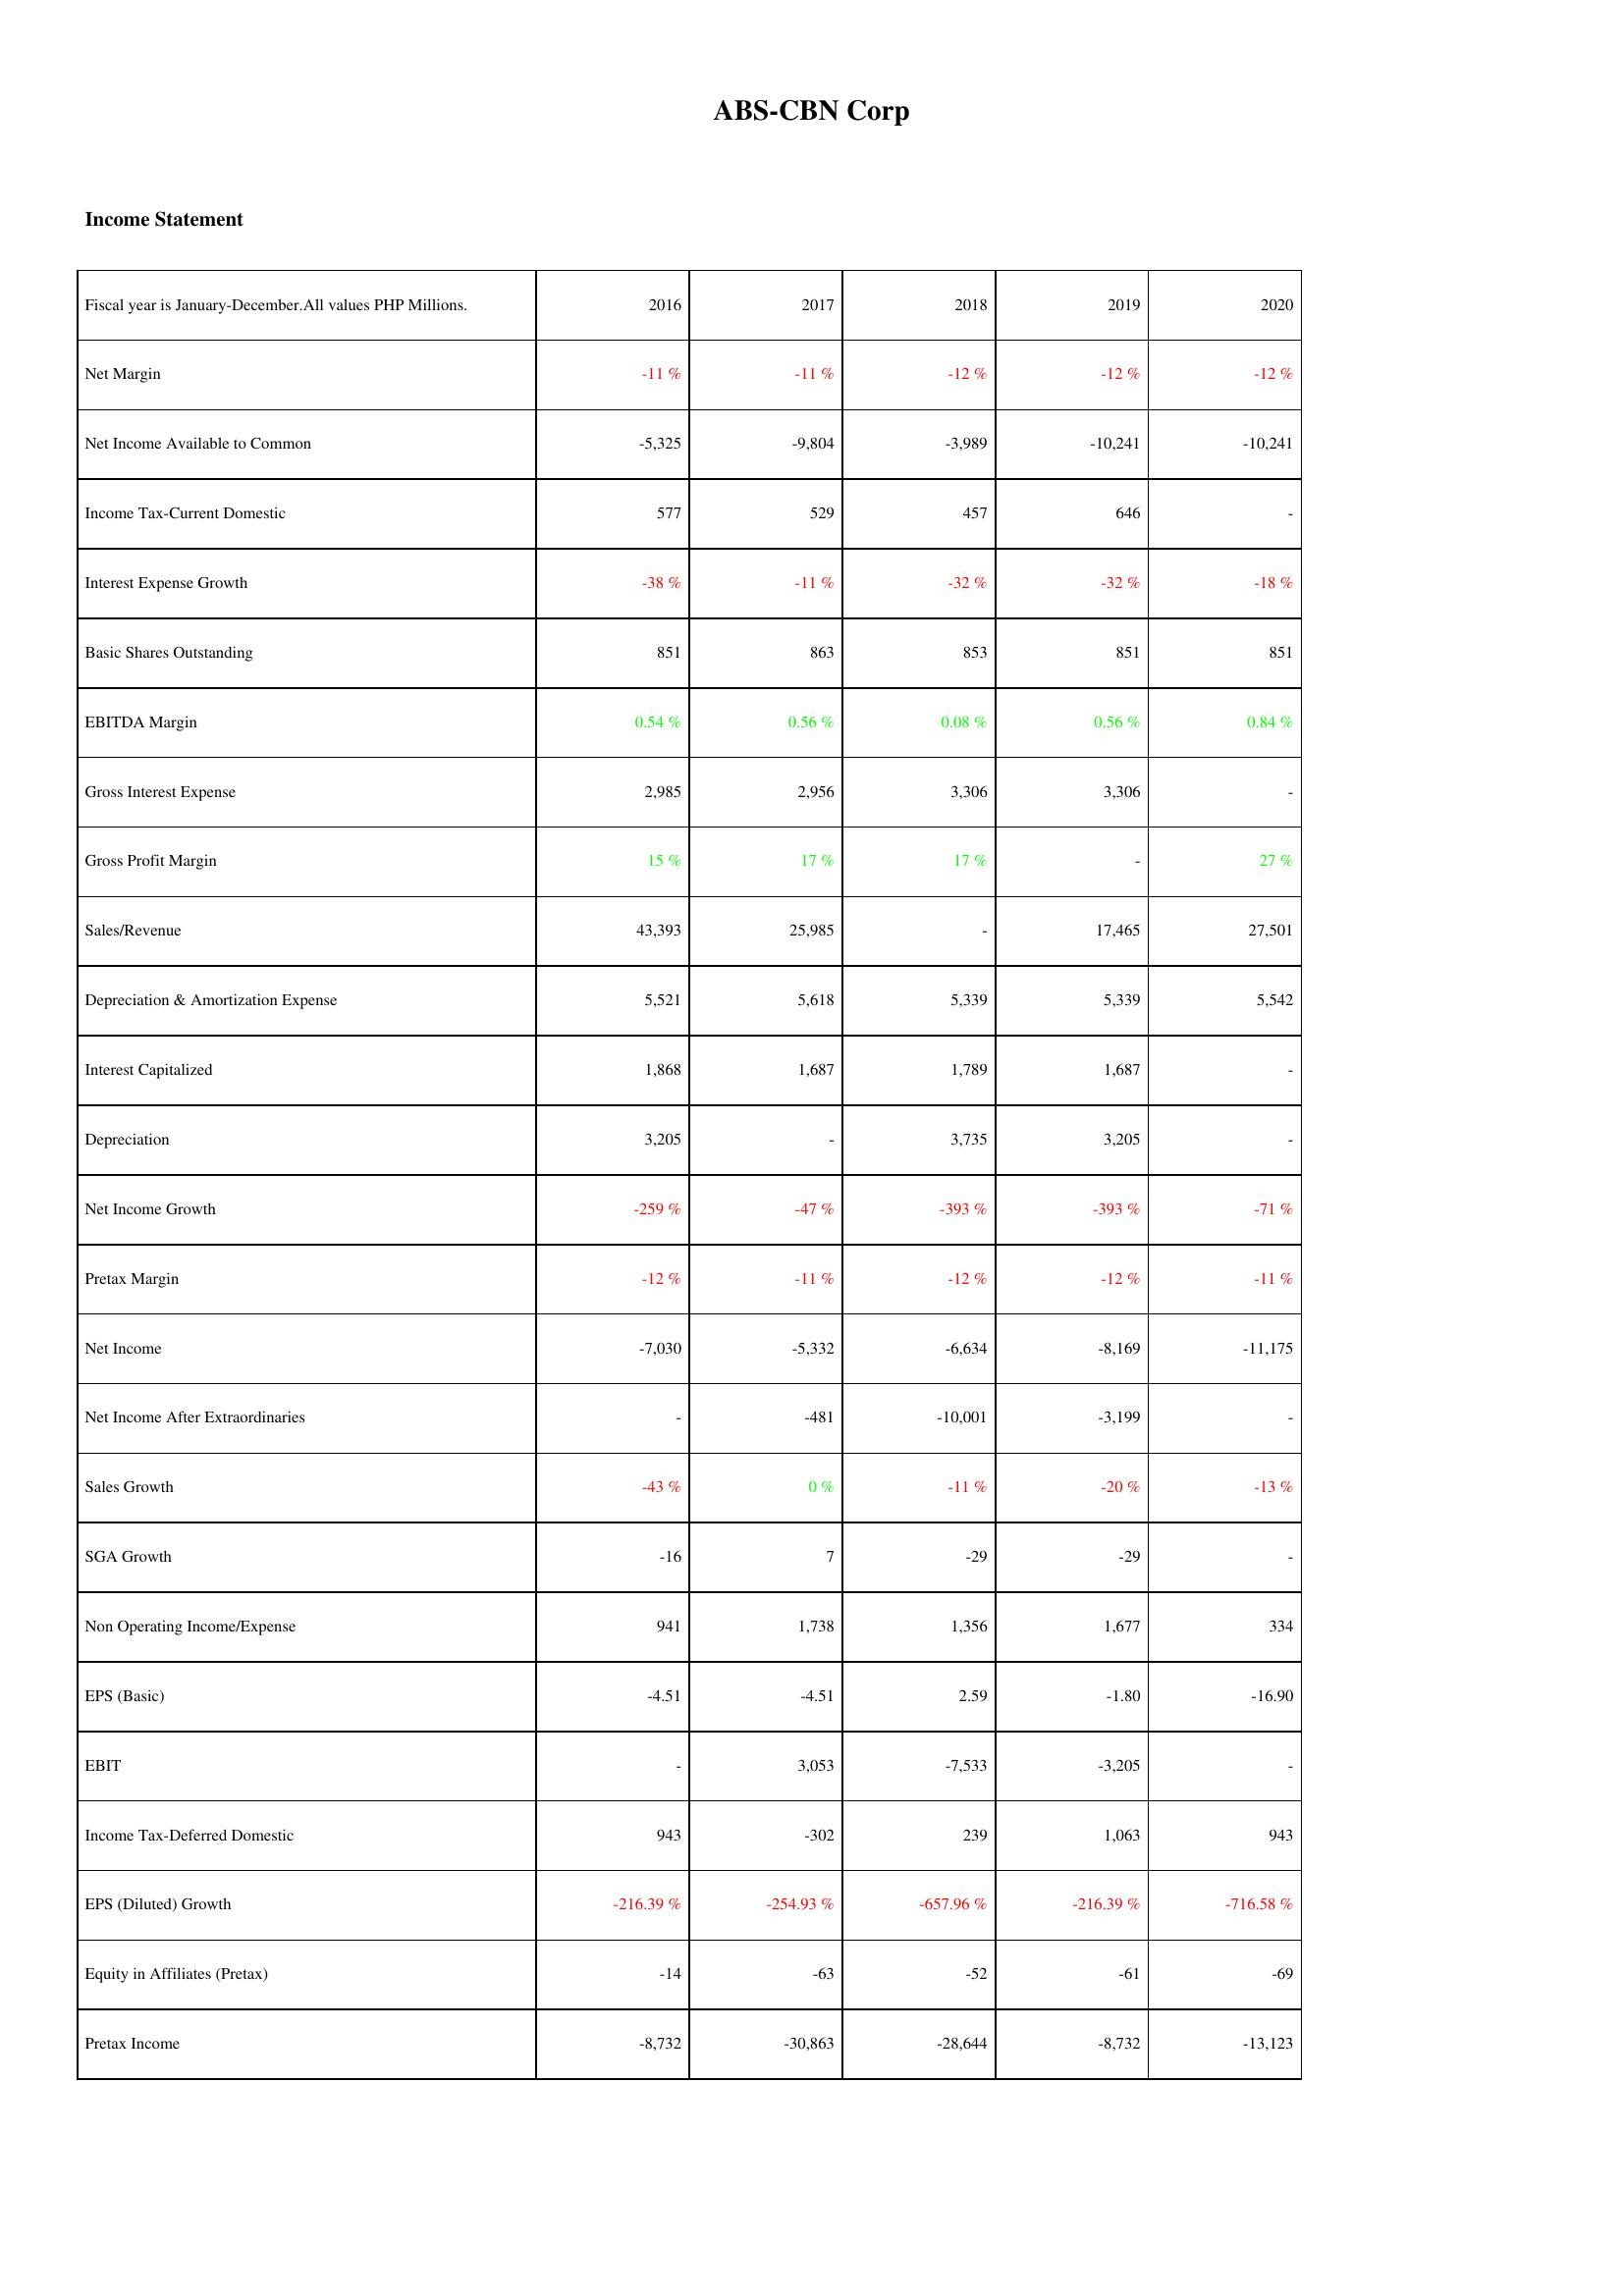
2016: Income Statement: Net Margin: -11 %
Net Income Available to Common: -5,325
Income Tax-Current Domestic: 577
Interest Expense Growth: -38 %
Basic Shares Outstanding: 851
EBITDA Margin: 0.54 %
Gross Interest Expense: 2,985
Gross Profit Margin: 15 %
Sales/Revenue: 43,393
Depreciation & Amortization Expense: 5,521
Interest Capitalized: 1,868
Depreciation: 3,205
Net Income Growth: -259 %
Pretax Margin: -12 %
Net Income: -7,030
Net Income After Extraordinaries: -
Sales Growth: -43 %
SGA Growth: -16
Non Operating Income/Expense: 941
EPS (Basic): -4.51
EBIT: -
Income Tax-Deferred Domestic: 943
EPS (Diluted) Growth: -216.39 %
Equity in Affiliates (Pretax): -14
Pretax Income: -8,732
2017: Income Statement: Net Margin: -11 %
Net Income Available to Common: -9,804
Income Tax-Current Domestic: 529
Interest Expense Growth: -11 %
Basic Shares Outstanding: 863
EBITDA Margin: 0.56 %
Gross Interest Expense: 2,956
Gross Profit Margin: 17 %
Sales/Revenue: 25,985
Depreciation & Amortization Expense: 5,618
Interest Capitalized: 1,687
Depreciation: -
Net Income Growth: -47 %
Pretax Margin: -11 %
Net Income: -5,332
Net Income After Extraordinaries: -481
Sales Growth: 0 %
SGA Growth: 7
Non Operating Income/Expense: 1,738
EPS (Basic): -4.51
EBIT: 3,053
Income Tax-Deferred Domestic: -302
EPS (Diluted) Growth: -254.93 %
Equity in Affiliates (Pretax): -63
Pretax Income: -30,863
2018: Income Statement: Net Margin: -12 %
Net Income Available to Common: -3,989
Income Tax-Current Domestic: 457
Interest Expense Growth: -32 %
Basic Shares Outstanding: 853
EBITDA Margin: 0.08 %
Gross Interest Expense: 3,306
Gross Profit Margin: 17 %
Sales/Revenue: -
Depreciation & Amortization Expense: 5,339
Interest Capitalized: 1,789
Depreciation: 3,735
Net Income Growth: -393 %
Pretax Margin: -12 %
Net Income: -6,634
Net Income After Extraordinaries: -10,001
Sales Growth: -11 %
SGA Growth: -29
Non Operating Income/Expense: 1,356
EPS (Basic): 2.59
EBIT: -7,533
Income Tax-Deferred Domestic: 239
EPS (Diluted) Growth: -657.96 %
Equity in Affiliates (Pretax): -52
Pretax Income: -28,644
2019: Income Statement: Net Margin: -12 %
Net Income Available to Common: -10,241
Income Tax-Current Domestic: 646
Interest Expense Growth: -32 %
Basic Shares Outstanding: 851
EBITDA Margin: 0.56 %
Gross Interest Expense: 3,306
Gross Profit Margin: -
Sales/Revenue: 17,465
Depreciation & Amortization Expense: 5,339
Interest Capitalized: 1,687
Depreciation: 3,205
Net Income Growth: -393 %
Pretax Margin: -12 %
Net Income: -8,169
Net Income After Extraordinaries: -3,199
Sales Growth: -20 %
SGA Growth: -29
Non Operating Income/Expense: 1,677
EPS (Basic): -1.80
EBIT: -3,205
Income Tax-Deferred Domestic: 1,063
EPS (Diluted) Growth: -216.39 %
Equity in Affiliates (Pretax): -61
Pretax Income: -8,732
2020: Income Statement: Net Margin: -12 %
Net Income Available to Common: -10,241
Income Tax-Current Domestic: -
Interest Expense Growth: -18 %
Basic Shares Outstanding: 851
EBITDA Margin: 0.84 %
Gross Interest Expense: -
Gross Profit Margin: 27 %
Sales/Revenue: 27,501
Depreciation & Amortization Expense: 5,542
Interest Capitalized: -
Depreciation: -
Net Income Growth: -71 %
Pretax Margin: -11 %
Net Income: -11,175
Net Income After Extraordinaries: -
Sales Growth: -13 %
SGA Growth: -
Non Operating Income/Expense: 334
EPS (Basic): -16.90
EBIT: -
Income Tax-Deferred Domestic: 943
EPS (Diluted) Growth: -716.58 %
Equity in Affiliates (Pretax): -69
Pretax Income: -13,123